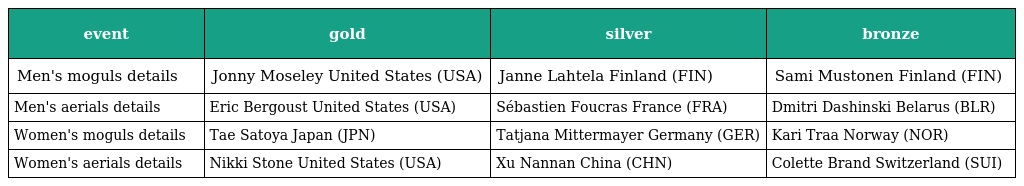
| event | gold | silver | bronze |
 | --- | --- | --- | --- |
 | Men's moguls details | Jonny Moseley United States (USA) | Janne Lahtela Finland (FIN) | Sami Mustonen Finland (FIN) |
 | Men's aerials details | Eric Bergoust United States (USA) | Sébastien Foucras France (FRA) | Dmitri Dashinski Belarus (BLR) |
 | Women's moguls details | Tae Satoya Japan (JPN) | Tatjana Mittermayer Germany (GER) | Kari Traa Norway (NOR) |
 | Women's aerials details | Nikki Stone United States (USA) | Xu Nannan China (CHN) | Colette Brand Switzerland (SUI) |